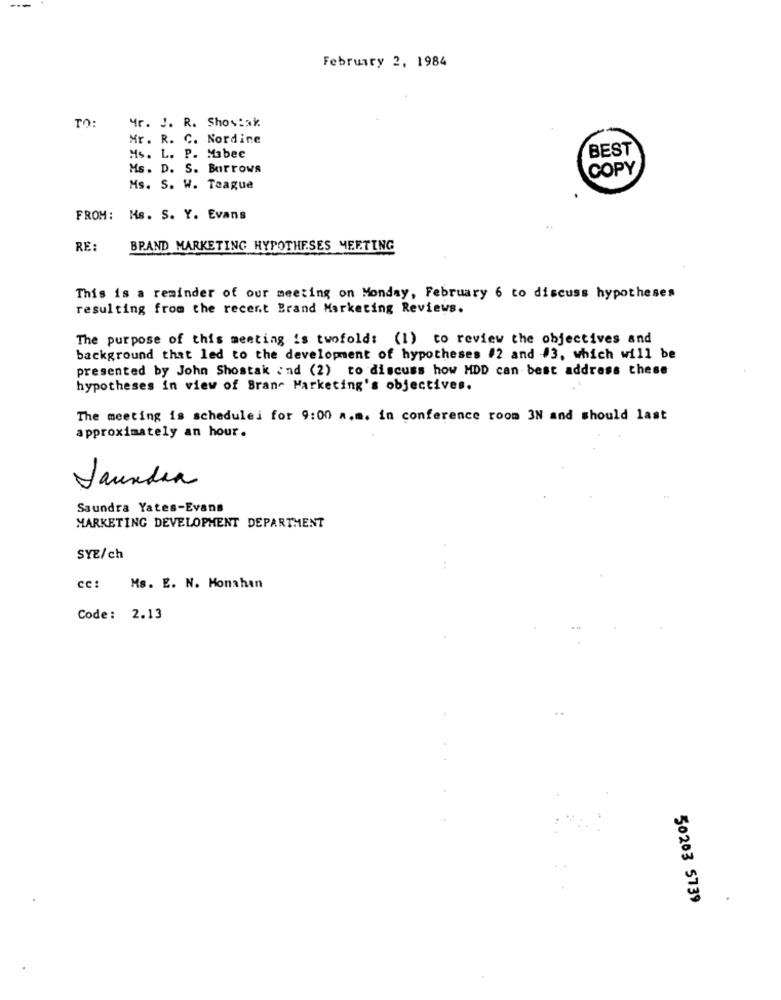
February 2, 1984
TO:
Mr. J. R. Show:3%.
Mr. R. C. Nordine
BEST
Ms. L. P. Mabee
Ms. D. S. Burrows
COPY
Ms. S. W. Teague
FROM: Ms. S. Y. Evans
RE
BRAND MARKETING HYPOTHESES MEETING
This is a reminder of our meeting on Monday, February 6 to discuss hypotheses
resulting from the recent Brand Marketing Reviews.
The purpose of this meeting is twofold: (1) to review the objectives and
background that led to the development of hypotheses #2 and #3, which will be
presented by John Shostak ind (2) to discuss how MDD can best address these
hypotheses in view of Bran- Marketing's objectives.
The meeting is schedulei for 9:00 a.m. in conference room 3N and should last
approximately an hour.
Jauxdea
Saundra Yates-Evans
MARKETING DEVELOPMENT DEPARTMENT
SYE/ch
ce: Ms. E. N. Monahan
Code: 2.13
50203 5739